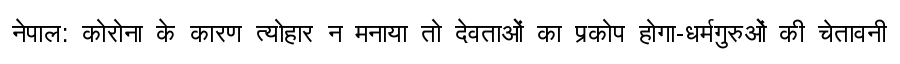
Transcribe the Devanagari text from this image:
नेपाल: कोरोना के कारण त्योहार न मनाया तो देवताओं का प्रकोप होगा-धर्मगुरुओं की चेतावनी